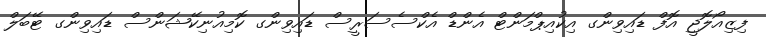
ފިޒިއޯލޮޖީ އޮފް ޑައިވިންގ އިކުއިޕްމަންޓް އެންޑް އެކްސެސަރީސް ޑައިވިންގ ކޮމިއުނިކޭޝަންސް ޑައިވިންގ ޓޭބަލް